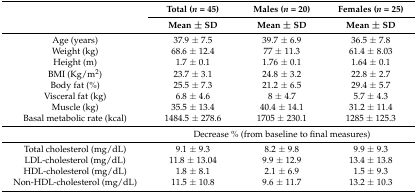
<table><thead><tr><td rowspan="2"></td><td><b>Total (<i>n</i> = 45)</b></td><td><b>Males (<i>n</i> = 20)</b></td><td><b>Females (<i>n</i> = 25)</b></td></tr><tr><td><b>Mean ± SD</b></td><td><b>Mean ± SD</b></td><td><b>Mean ± SD</b></td></tr></thead><tbody><tr><td>Age (years)</td><td>37.9 ± 7.5</td><td>39.7 ± 6.9</td><td>36.5 ± 7.8</td></tr><tr><td>Weight (kg)</td><td>68.6 ± 12.4</td><td>77 ± 11.3</td><td>61.4 ± 8.03</td></tr><tr><td>Height (m)</td><td>1.7 ± 0.1</td><td>1.76 ± 0.1</td><td>1.64 ± 0.1</td></tr><tr><td>BMI (Kg/m<sup>2</sup>)</td><td>23.7 ± 3.1</td><td>24.8 ± 3.2</td><td>22.8 ± 2.7</td></tr><tr><td>Body fat (%)</td><td>25.5 ± 7.3</td><td>21.2 ± 6.5</td><td>29.4 ± 5.7</td></tr><tr><td>Visceral fat (kg)</td><td>6.8 ± 4.6</td><td>8 ± 4.7</td><td>5.7 ± 4.3</td></tr><tr><td>Muscle (kg)</td><td>35.5 ± 13.4</td><td>40.4 ± 14.1</td><td>31.2 ± 11.4</td></tr><tr><td>Basal metabolic rate (kcal)</td><td>1484.5 ± 278.6</td><td>1705 ± 230.1</td><td>1285 ± 125.3</td></tr><tr><td></td><td colspan="3">Decrease % (from baseline to final measures)</td></tr><tr><td>Total cholesterol (mg/dL)</td><td>9.1 ± 9.3</td><td>8.2 ± 9.8</td><td>9.9 ± 9.3</td></tr><tr><td>LDL-cholesterol (mg/dL)</td><td>11.8 ± 13.04</td><td>9.9 ± 12.9</td><td>13.4 ± 13.8</td></tr><tr><td>HDL-cholesterol (mg/dL)</td><td>1.8 ± 8.1</td><td>2.1 ± 6.9</td><td>1.5 ± 9.3</td></tr><tr><td>Non-HDL-cholesterol (mg/dL)</td><td>11.5 ± 10.8</td><td>9.6 ± 11.7</td><td>13.2 ± 10.3</td></tr></tbody></table>